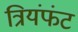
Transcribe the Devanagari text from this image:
त्रियंफंट